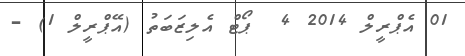
01 އެޕްރީލް 2014 4  ޕޯޓް އެލިޒަބަތު (އޭޕްރީލް 1) -